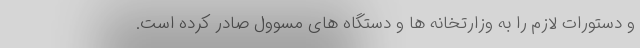
و دستورات لازم را به وزارتخانه ها و دستگاه های مسوول صادر کرده است.